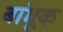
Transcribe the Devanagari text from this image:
बांधूक